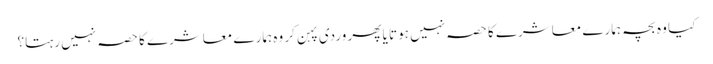
کیا وہ بچہ ہمارے معاشرے کا حصہ نہیں ہوتا یا پھر وردی پہن کر وہ ہمارے معاشرے کا حصہ نہیں رہتا؟